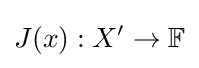
J(x):X^{\prime }\to \mathbb {F}